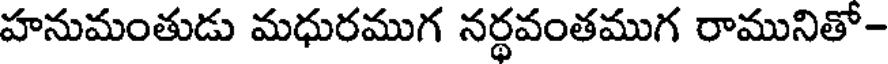
హనుమంతుడు మధురముగ నర్థవంతముగ రామునితో-